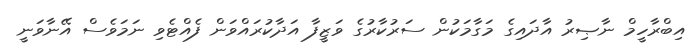
އިބްރާހީމް ނާޞިރު އާދައިގެ މަގާމަކުން ސަރުކާރުގެ ވަޒީފާ އަދާކުރައްވަން ފެއްޓެވި ނަމަވެސް އޭނާވަނީ